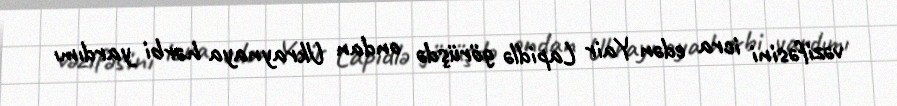
vəzifəsini icra edən Yair Lapidlə görüşdə ondan Ukraynaya hərbi yardımı